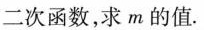
二次函数，求m的值.